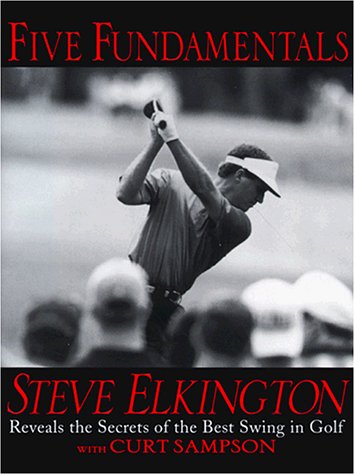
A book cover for Five Fundamentals: Steve Elkington Reveals the Secrets of the Best Swing in Golf; Steve Elkington; Sports & Outdoors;